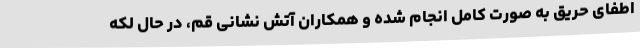
اطفای حریق به صورت کامل انجام شده و همکاران آتش نشانی قم، در حال لکه